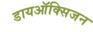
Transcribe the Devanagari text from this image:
डायऑक्सिजन